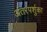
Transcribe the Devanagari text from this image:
अंतरपर्शुका